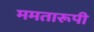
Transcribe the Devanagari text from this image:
ममतारूपी